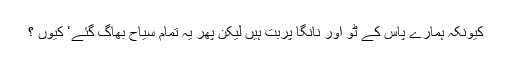
کیونکہ ہمارے پاس کے ٹو اور نانگا پربت ہیں لیکن پھر یہ تمام سیاح بھاگ گئے‘ کیوں ؟